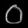
Digit: ၀